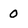
Character: O